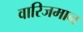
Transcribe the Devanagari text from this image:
वारिजमान